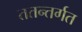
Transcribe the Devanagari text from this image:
ततन्तर्गत